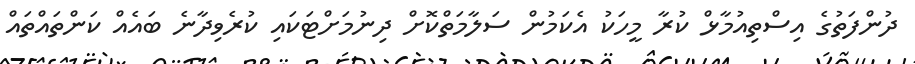
ދުންފަތުގެ އިސްތިއުމާޅް ކުރާ މީހަކު އެކަމުން ސަލާމަތްކޮށް ދިނުމަށްޓަކައި ކުރެވިދާނެ ބައެއް ކަންތައްތައް